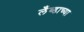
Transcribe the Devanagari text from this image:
लँब्डाच्या